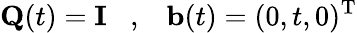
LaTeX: {\mathbf Q}(t)={\mathbf I}\; \; \; ,\; \; \; {\mathbf b}(t)=(0,t,0)^{{\mathrm T}}